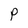
Character: P